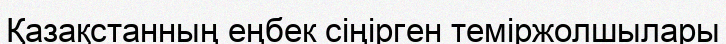
Қазақстанның еңбек сіңірген теміржолшылары